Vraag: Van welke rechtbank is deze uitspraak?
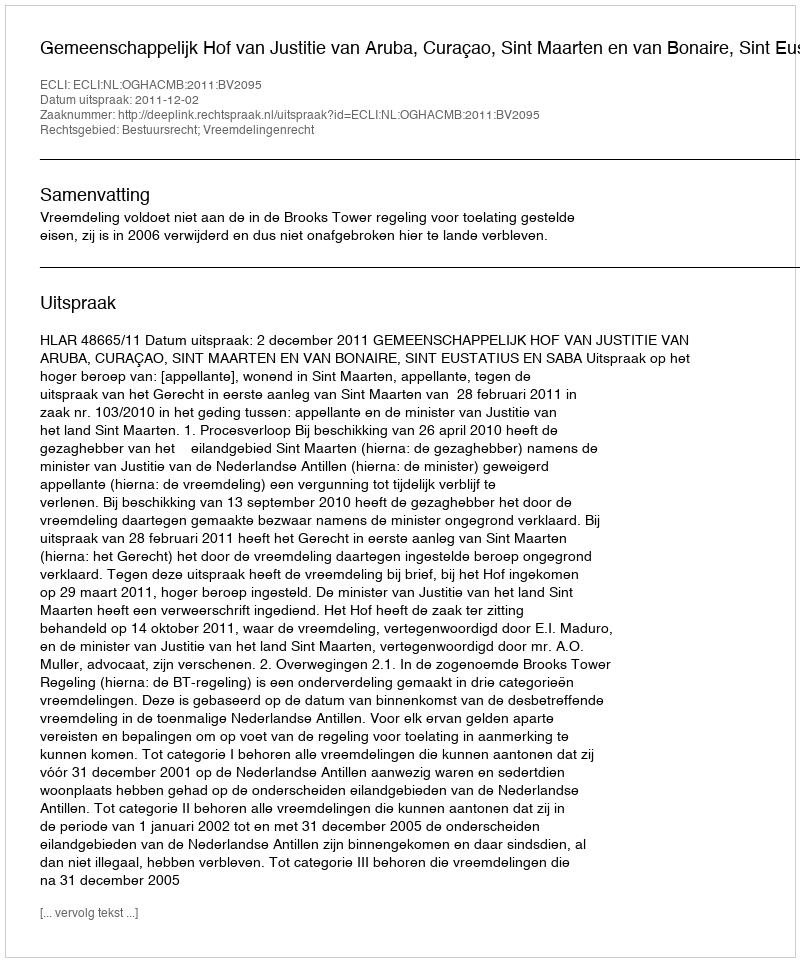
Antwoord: Gemeenschappelijk Hof van Justitie van Aruba, Curaçao, Sint Maarten en van Bonaire, Sint Eustatius en Saba